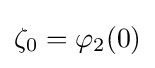
\zeta _{0}=\varphi _{2}(0)